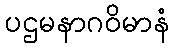
ပဌမနာဂဝိမာနံ